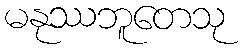
မနုဿဘူတေသု